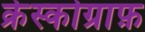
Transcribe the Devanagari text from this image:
क्रेस्कोग्राफ़